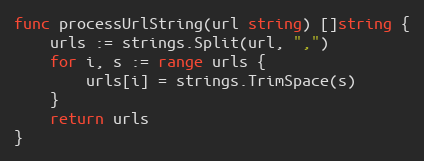
Language: Go
func processUrlString(url string) []string {
	urls := strings.Split(url, ",")
	for i, s := range urls {
		urls[i] = strings.TrimSpace(s)
	}
	return urls
}